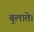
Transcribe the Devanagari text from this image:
बुलाते।